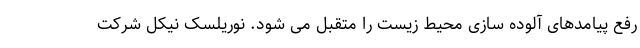
رفع پیامدهای آلوده سازی محیط زیست را متقبل می شود. نوریلسک نیکل شرکت